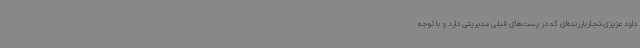
داود عزیزی،تجاربارزنده‌ای که در پست‌های قبلی مدیریتی دارد و با توجه